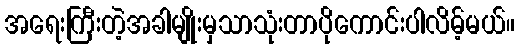
အရေးကြီးတဲ့အခါမျိုးမှသာသုံးတာပိုကောင်းပါလိမ့်မယ်။